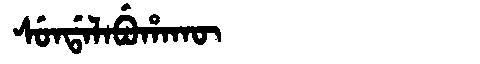
Manchu: ᠰᡠᠨᡩᠠᠯᠠᠪᡠᡥᠠᡴᡡ
Romanization: SUNDALABUHAKŪ